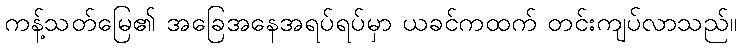
ကန့်သတ်မြေ၏ အခြေအနေအရပ်ရပ်မှာ ယခင်ကထက် တင်းကျပ်လာသည်။